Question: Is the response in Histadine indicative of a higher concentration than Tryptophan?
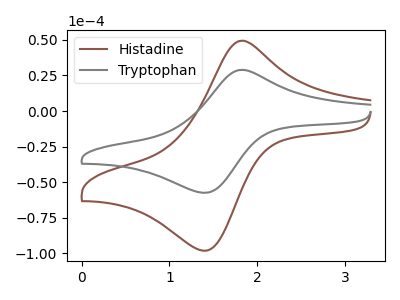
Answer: <think>The brown curve "Histadine" has an anodic peak at (1.80V, 49.35uA) and a cathodic peak at (1.45V, -97.95uA). The gray curve "Tryptophan" has an anodic peak at (1.80V, 28.90uA) and a cathodic peak at (1.45V, -57.35uA).
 All the peaks in "Histadine" have a peak in "Tryptophan" at the same potential. Every peak in "Histadine" is higher than every peak in "Tryptophan".</think>
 <answer>"Histadine" has more signal than "Tryptophan".</answer>
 <eval>more_signal</eval>